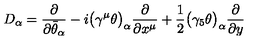
D _ { \alpha } = \frac { \partial } { \partial \bar { \theta } _ { \alpha } } - i \bigl ( \gamma ^ { \mu } \theta \bigr ) _ { \alpha } \frac { \partial } { \partial x ^ { \mu } } + \frac { 1 } { 2 } \bigl ( \gamma _ { 5 } \theta \bigr ) _ { \alpha } \frac { \partial } { \partial y }